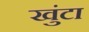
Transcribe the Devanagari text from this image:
खुंटा